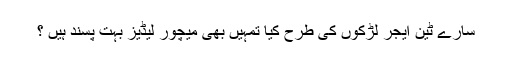
سارے ٹین ایجر لڑکوں کی طرح کیا تمہیں بھی میچور لیڈیز بہت پسند ہیں ؟